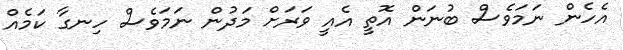
އެހެން ނަމަވެސް ބުނަން އޮތީ އެއީ ވަރަށް މަދުން ނަމަވެސް ހިނގާ ކަމެއް